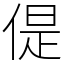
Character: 偍